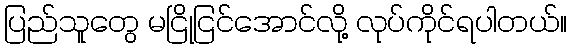
ပြည်သူတွေ မငြိုငြင်အောင်လို့ လုပ်ကိုင်ရပါတယ်။